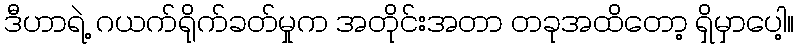
ဒီဟာရဲ့ ဂယက်ရိုက်ခတ်မှုက အတိုင်းအတာ တခုအထိတော့ ရှိမှာပေါ့။